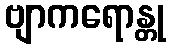
ဗျာကရောန္တု